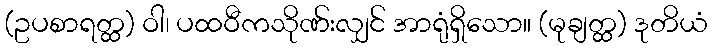
(ဥပစာရတ္ထ) ဝါ၊ ပထဝီကသိုဏ်းလျှင် အာရုံရှိသော။ (မုချတ္ထ) ဒုတိယံ